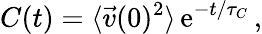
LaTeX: C(t)=\langle\vec{v}(0)^{2}\rangle\, \mathrm{e}^{-t/\tau_{C}}\, ,